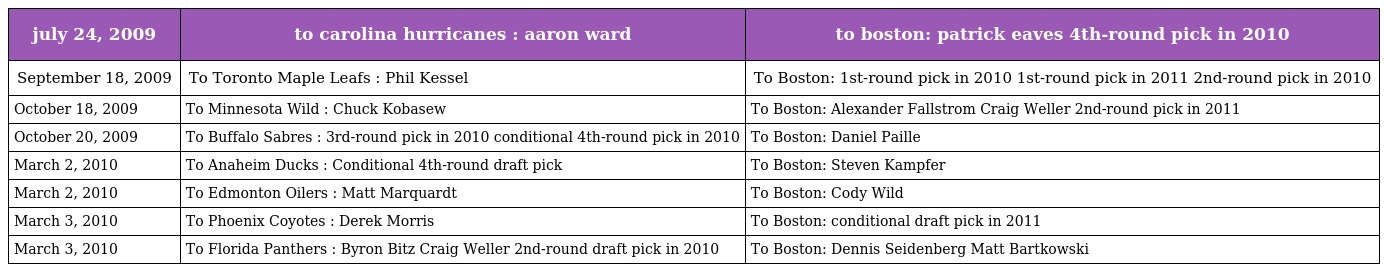
| july 24, 2009 | to carolina hurricanes : aaron ward | to boston: patrick eaves 4th-round pick in 2010 |
 | --- | --- | --- |
 | September 18, 2009 | To Toronto Maple Leafs : Phil Kessel | To Boston: 1st-round pick in 2010 1st-round pick in 2011 2nd-round pick in 2010 |
 | October 18, 2009 | To Minnesota Wild : Chuck Kobasew | To Boston: Alexander Fallstrom Craig Weller 2nd-round pick in 2011 |
 | October 20, 2009 | To Buffalo Sabres : 3rd-round pick in 2010 conditional 4th-round pick in 2010 | To Boston: Daniel Paille |
 | March 2, 2010 | To Anaheim Ducks : Conditional 4th-round draft pick | To Boston: Steven Kampfer |
 | March 2, 2010 | To Edmonton Oilers : Matt Marquardt | To Boston: Cody Wild |
 | March 3, 2010 | To Phoenix Coyotes : Derek Morris | To Boston: conditional draft pick in 2011 |
 | March 3, 2010 | To Florida Panthers : Byron Bitz Craig Weller 2nd-round draft pick in 2010 | To Boston: Dennis Seidenberg Matt Bartkowski |